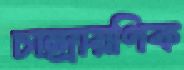
চান্দ্রায়ণিক